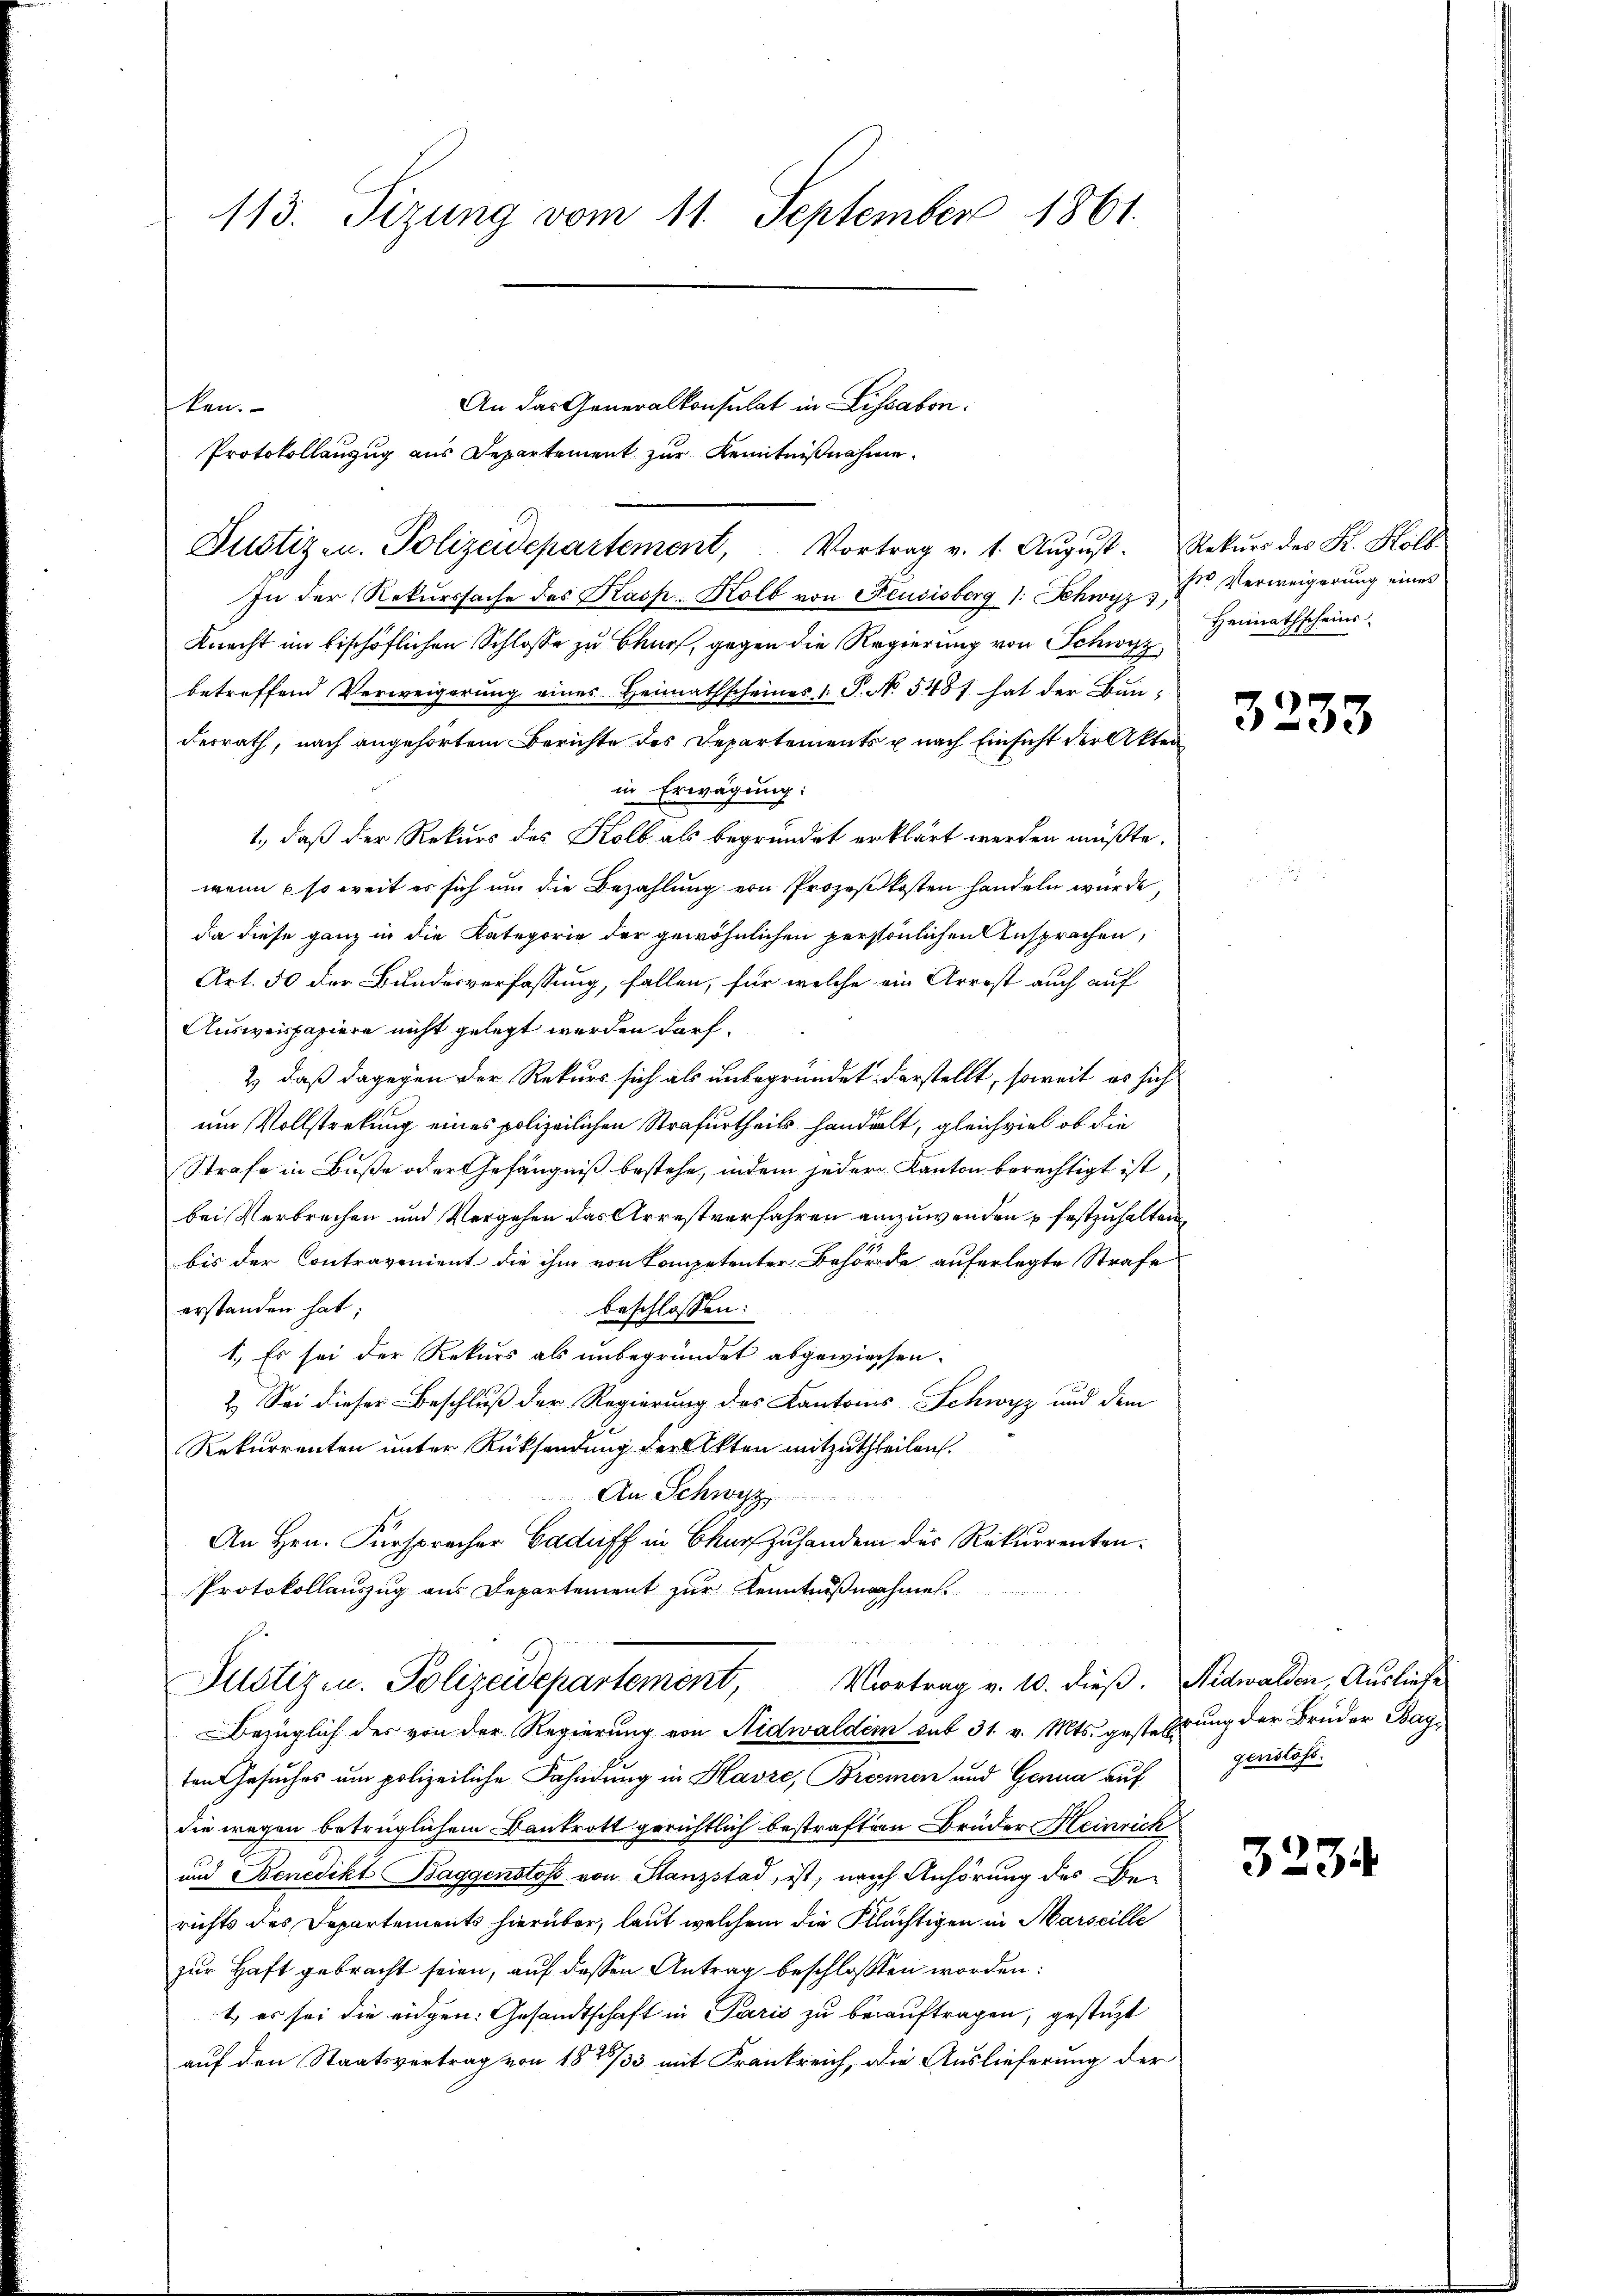
113. Sizung vom 11. September 1861.

An das Generalkonsulat in Lissabon.
ken.
Protokollanzug aus Departement zur Kenntnißnahme.
In der Rekurssache des Kasp. Kolb von Feusisberg (: Schwyz, Dr. Verweigerung eines
Knecht im bischöflichen Schlosse zu Churf, gegen die Regierung von Schwyz
betreffend Verweigerung eines Heimathscheines P. No. 5487 hat der Bauderrath, nach angehörtem Berichte des Departements u. nach Einsicht der Akten
in Erwägung:
1., daß der Rekurs des Kolb als begründet erklärt werden müßte,
wenn so weit es sich um die Bezahlung von Prozeßkosten handeln würde,
da diese ganz in die Kategorie der gewöhnlichen persönlichen Ansprachen,
Art. 50 der Bundesverfassung, fallen, für welche ein Arrest auch auf
Ausweispapiere nicht gelegt werden darf.
2) daß dagegen der Rekurs sich als unbegründet darstellt, soweit es sich
um Vollstreckung eines polizeilichen Strafurtheils handelt, gleichviel ob die
Strafe in Buße oder Gefängniß bestehe, indem jeder Kanton berechtigt ist
bei Verbrechen und Vergehen das Arrestverfahren anzuwenden u festzuhalten,
bis der Contravenient die ihm von Kompetenter Behörde auferlegte Strafe
erstanden hat:
beschlossen:
1.) Es sei der Rekurs als unbegründet abgewiesen.
2.) Sei dieser Beschluß der Regierung des Kantons Schwyz und dem
Rekurrenten unter Rücksendung der Akten mitzutheilen.
An Schwyz
An Hrn. Fürsprecher Caduff in Chur Zuhandern des Rekurrenten¬
Protokollauszug aus Departement zur Kenntnißnahme.
 war ich ich den sein
Pustiz in Polizeidepartement, Vortrag v. 10. dieß. Nidwalden, Ausliebe
Bezüglich des von der Regierung von Nidwaldem sub 31. v. Mts. gestehrung der Brüder Bagten Gesuches um polizeiliche Fahndung in Havre, Bremen und Genua auf
die wegen betrüglichem Bankrott gerichtlich bestraften Brüder Heinrich
und Benedikt Baggenstoss von Stanzstad, ist, nach Anhörung des Berichts des Departements hierüber, laut welchem die Pflüchtigen in Marseille
zur Haft gebracht seien, auf dessen Antrag beschloßen worden:
t es sei die eigen: Gesandtschaft in Paris zu beauftragen, gestüzt
auf den Staatsvertrag von 182733 mit Frankreich, die Auslieferung der

Justiz- u. Polizeidepartement, Vortrag v. 1. Aŭgŭst. Rekŭrs des K. Holb

Heimathscheins

3233

genstoss.

3234